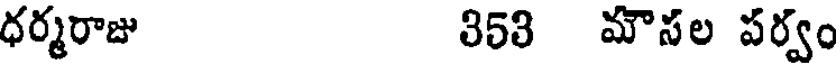
ధర్మరాజు 353 మౌసల పర్వం